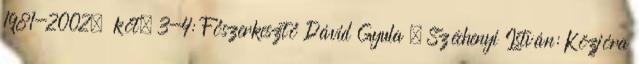
1981-2002. köt. 3-4: Főszerkesztő Dávid Gyula . Széchenyi István: Közjóra